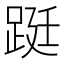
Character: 𨁗